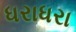
ધરાધરા